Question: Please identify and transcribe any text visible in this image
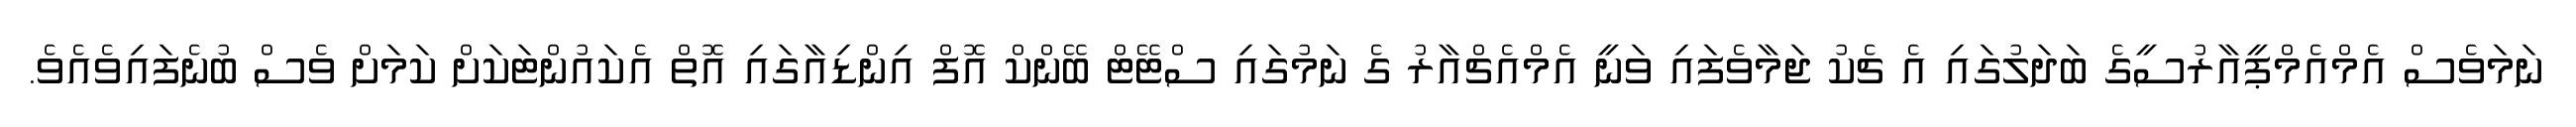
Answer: ނަމަވެސް އެމްއެމްޕީއާރުސީގެ ބަދަލުގައި އެ ޗެކު ޖަމާވެފައި ވަނީ އެމްއެޗްއާރު ގެ ނަމުގައި ސްޓޭޓް ބޭންކް އޮފް އިންޑިއާގައި އޮތް އެކައުންޓަކަށް ކަމަށް ވެސް ބުނެފައިވެއެވެ.